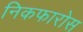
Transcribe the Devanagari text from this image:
निकफारोस